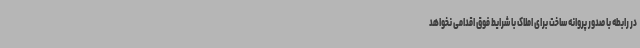
در رابطه با صدور پروانه ساخت برای املاک با شرایط فوق اقدامی نخواهد